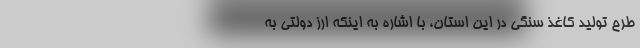
طرح تولید کاغذ سنگی در این استان، با اشاره به اینکه ارز دولتی به